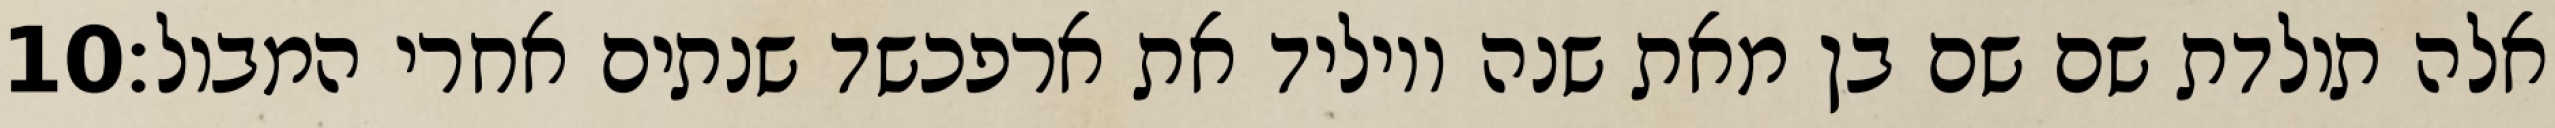
‎10‏ אלה תולדת שם שם בן מאת שנה ויוליד את ארפכשד שנתים אחרי המבול׃